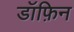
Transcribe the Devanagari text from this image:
डॉफ़िन